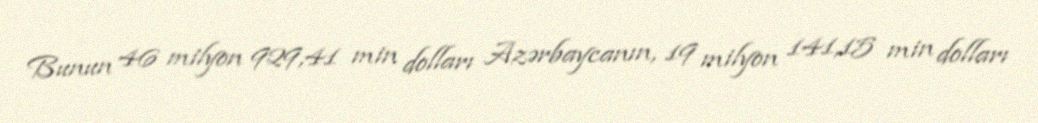
Bunun 46 milyon 929,41 min dolları Azərbaycanın, 19 milyon 141,15 min dolları